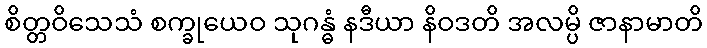
စိတ္တဝိသေသံ စက္ခုယေဝ သုဂန္ဓံ နဒီယာ နိဝဒတိ အလမ္ပိ ဇာနာမာတိ